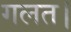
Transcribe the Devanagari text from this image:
गलत।